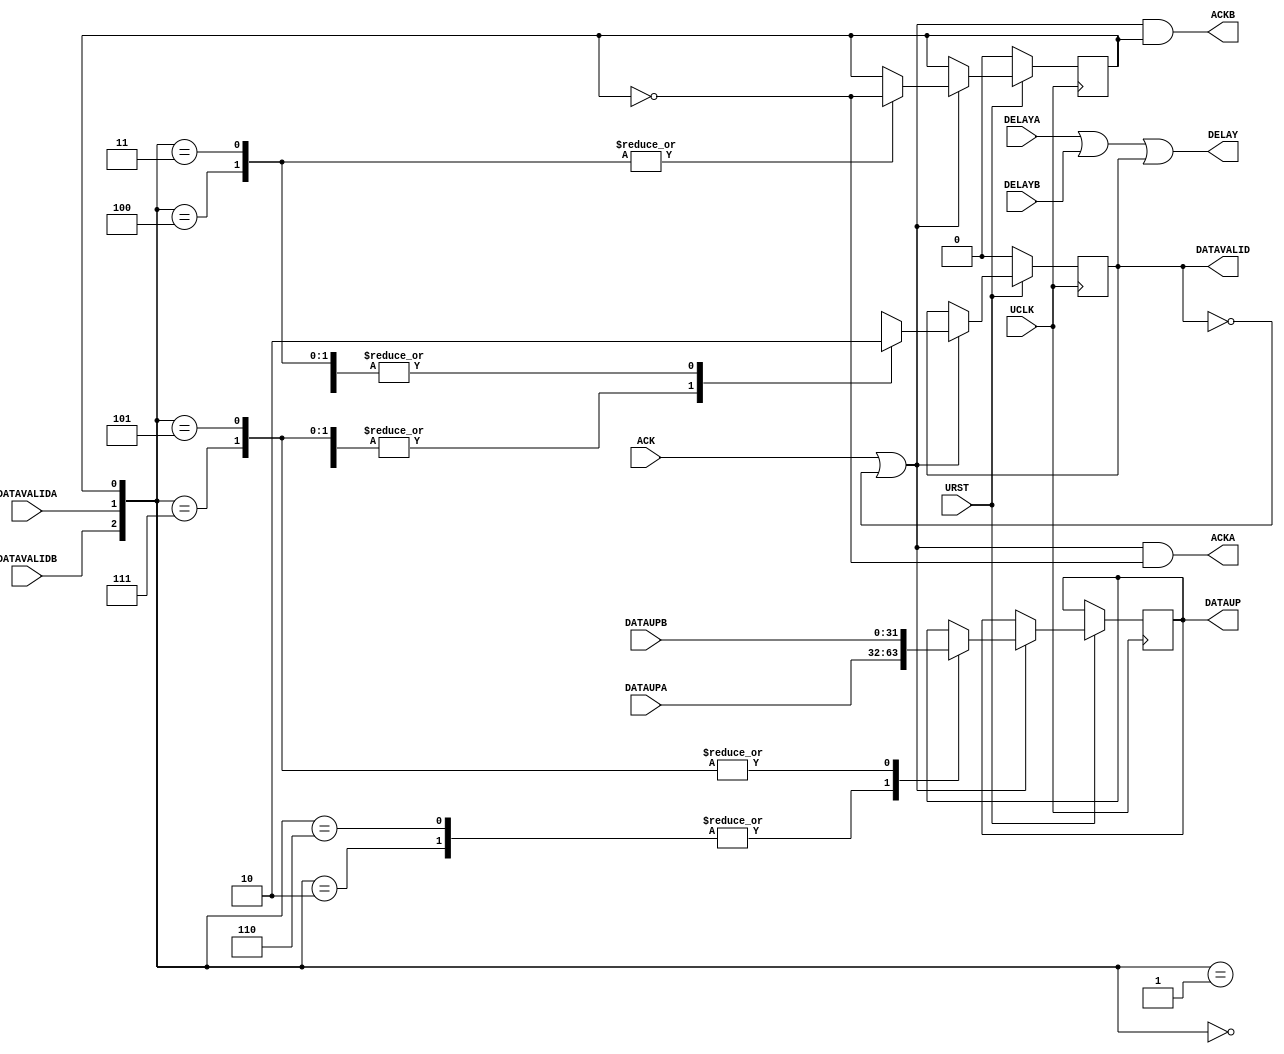

`ifdef BSV_ASSIGNMENT_DELAY
`else
  `define BSV_ASSIGNMENT_DELAY
`endif

`ifdef BSV_POSITIVE_RESET
  `define BSV_RESET_VALUE 1'b1
  `define BSV_RESET_EDGE posedge
`else
  `define BSV_RESET_VALUE 1'b0
  `define BSV_RESET_EDGE negedge
`endif


module ProbeMux (
                 UCLK,
                 URST,
                 // Up link
                 DELAY,
                 DATAUP,
                 DATAVALID,
                 ACK,
                 // A inputs
                 DELAYA,
                 DATAUPA,
                 DATAVALIDA,
                 ACKA,
                 // B inputs
                 DELAYB,
                 DATAUPB,
                 DATAVALIDB,
                 ACKB
                 );
   input UCLK;
   input URST;

   input [31:0] DATAUPA;
   input        DATAVALIDA;
   input        DELAYA;
   output       ACKA;

   input [31:0] DATAUPB;
   input        DATAVALIDB;
   input        DELAYB;
   output       ACKB;

   output [31:0] DATAUP;
   output        DELAY;
   output        DATAVALID;
   input         ACK;

   // Output declarations
   reg [31:0]    DATAUP;
   wire          DELAY;
   wire          ACKA;
   wire          ACKB;
   wire          DATAVALID;

   // other registers
   reg           AorB;
   reg           sending;

   wire          free = sending == 1'b0;

   assign DELAY  = DELAYA || DELAYB || sending;
   assign DATAVALID = sending;

   // Pass acks to children
   assign ACKA = (ACK || free) && ! AorB ;
   assign ACKB = (ACK || free) &&   AorB ;

   always @(posedge UCLK) begin
      if (URST != !`BSV_RESET_VALUE) begin
         sending <= `BSV_ASSIGNMENT_DELAY 1'b0;
         AorB    <= `BSV_ASSIGNMENT_DELAY 1'b0;
      end
      else if (ACK ||  free)
        begin
         case ({DATAVALIDB, DATAVALIDA, AorB})
           3'b000, 3'b001: begin
              sending <= `BSV_ASSIGNMENT_DELAY 1'b0;
           end
           3'b110, 3'b010: begin         // send A
              sending <= `BSV_ASSIGNMENT_DELAY 1'b1;
              DATAUP <= `BSV_ASSIGNMENT_DELAY DATAUPA;
           end
           3'b100: begin        // send B -- flip
              sending <= `BSV_ASSIGNMENT_DELAY 1'b0;
              AorB <= `BSV_ASSIGNMENT_DELAY !AorB;
           end
           3'b101, 3'b111: begin // send B
              sending <= `BSV_ASSIGNMENT_DELAY 1'b1;
              DATAUP <= `BSV_ASSIGNMENT_DELAY DATAUPB;
              end
           3'b011: begin        // send A -- flip
              sending <= `BSV_ASSIGNMENT_DELAY 1'b0;
              AorB <= `BSV_ASSIGNMENT_DELAY ! AorB;
           end
         endcase
      end
   end

`ifdef BSV_NO_INITIAL_BLOCKS
`else // not BSV_NO_INITIAL_BLOCKS
   // synopsys translate_off
   initial begin
      sending <= 1'b0;
      DATAUP  <= { 16 {2'b10} };
      AorB    <= 1'b0;
   end
   // synopsys translate_on
`endif

endmodule